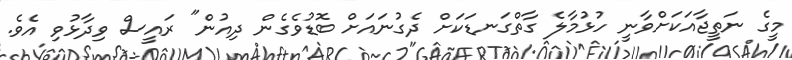
މީގެ ނަތީޖާއަކަށްވާނީ ހުޅުމާލެ ގާތްގަނޑަކަށް ދެގުނައަށް ބޮޑުވެގެން ދިއުން" ރައީސް ވިދާޅުވި އެވެ.